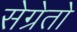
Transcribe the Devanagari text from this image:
सेग्रेतो